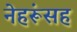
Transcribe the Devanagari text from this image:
नेहरूंसह